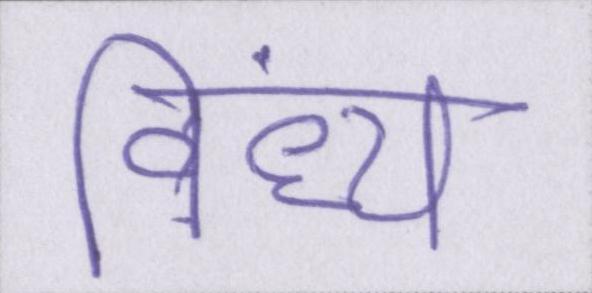
विंध्य